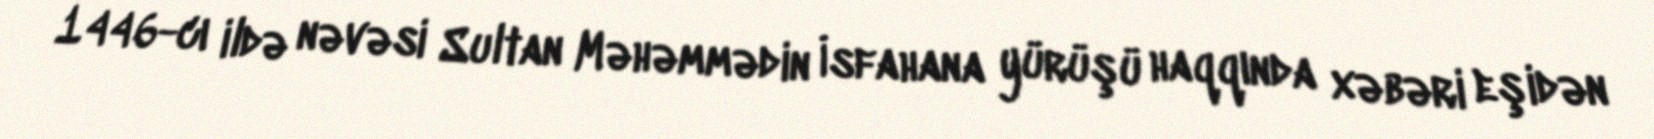
1446-cı ildə nəvəsi Sultan Məhəmmədin İsfahana yürüşü haqqında xəbəri eşidən